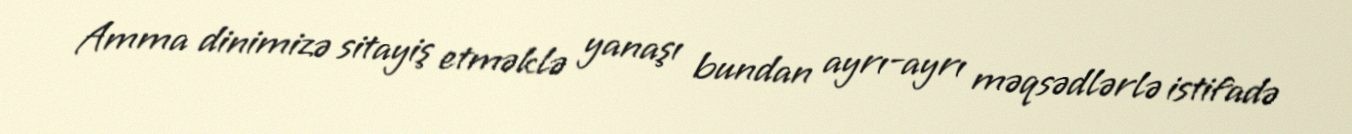
Amma dinimizə sitayiş etməklə yanaşı bundan ayrı-ayrı məqsədlərlə istifadə